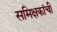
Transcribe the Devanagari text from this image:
समिक्षकांची